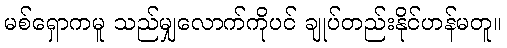
မစ်ရှောကမူ သည်မျှလောက်ကိုပင် ချုပ်တည်းနိုင်ဟန်မတူ။